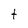
Character: t